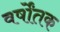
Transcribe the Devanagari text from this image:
वर्षोंतक